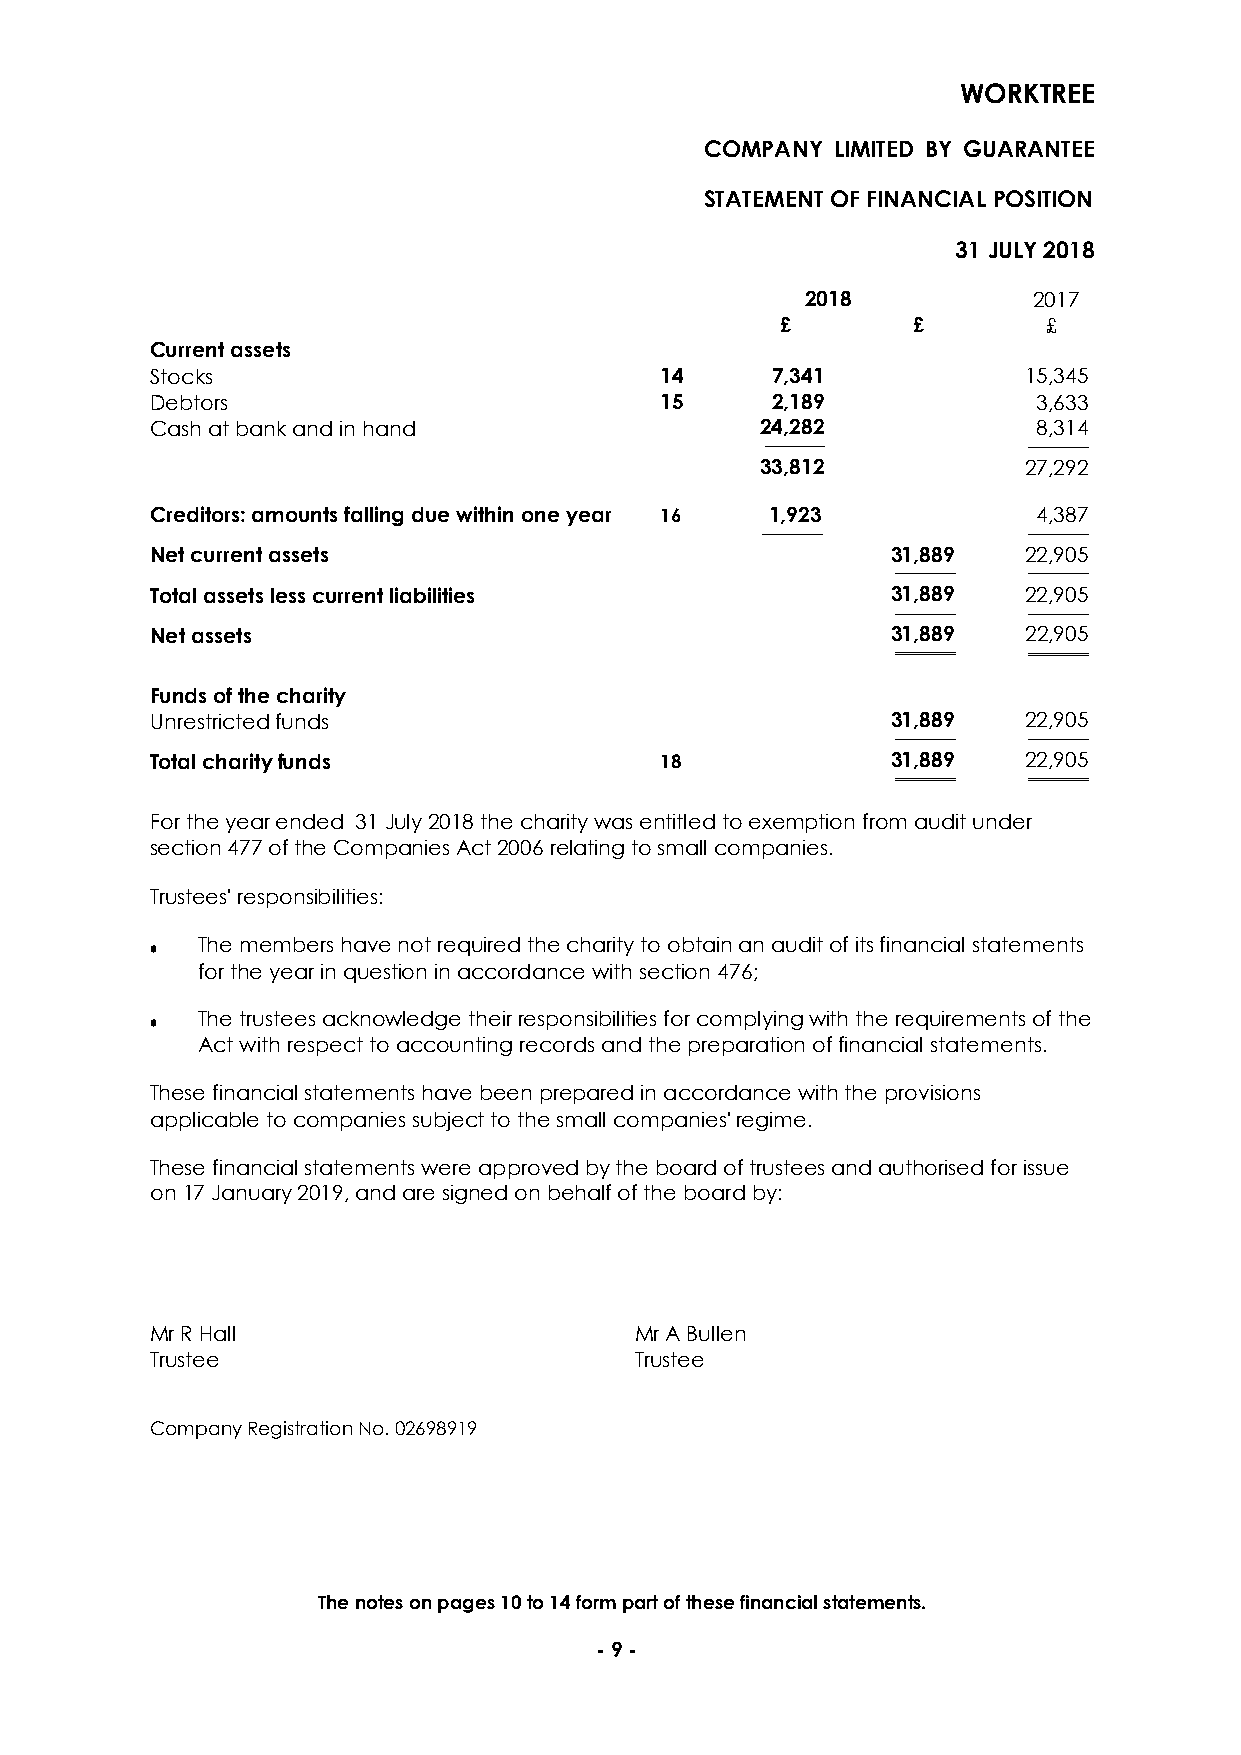
WORKTREE
 COMPANY LIMITED BY GUARANTEE
 STATEMENT OF FINANCIAL POSITION
 31 JULY 2018
 2018           2017
 £       £        £
 Current assets
 Stocks                            14     7,341            15,345
 Debtors                           15     2,189             3,633
 Cash at bank and in hand                24,282             8,314
 ────────         ────────
 33,812            27,292
 Creditors: amounts falling due within one year 16 1,923    4,387
 ────────          ────────
 Net current assets                               31,889   22,905
 ──────── ────────
 Total assets less current liabilities            31,889   22,905
 ──────── ────────
 Net assets                                       31,889   22,905
 ════════ ════════
 Funds of the charity
 Unrestricted funds                               31,889   22,905
 ──────── ────────
 Total charity funds               18             31,889   22,905
 ════════ ════════
 For the year ended 31 July 2018 the charity was entitled to exemption from audit under
 section 477 of the Companies Act 2006 relating to small companies.
 Trustees' responsibilities:
 •  The members have not required the charity to obtain an audit of its financial statements
 for the year in question in accordance with section 476;
 •  The trustees acknowledge their responsibilities for complying with the requirements of the
 Act with respect to accounting records and the preparation of financial statements.
 These financial statements have been prepared in accordance with the provisions
 applicable to companies subject to the small companies' regime.
 These financial statements were approved by the board of trustees and authorised for issue
 on 17 January 2019, and are signed on behalf of the board by:
 Mr R Hall                       Mr A Bullen
 Trustee                         Trustee
 Company Registration No. 02698919
 The notes on pages 10 to 14 form part of these financial statements.
 - 9 -